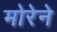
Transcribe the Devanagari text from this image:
मोरेने